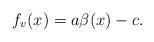
LaTeX: \begin{align*} f_v(x)= a\beta(x)-c.\end{align*}